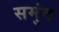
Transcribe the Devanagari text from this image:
समुंद